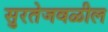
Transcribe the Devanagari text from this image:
सुरतेजवळील